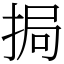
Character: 挶